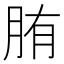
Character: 𦛒